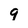
Character: 9